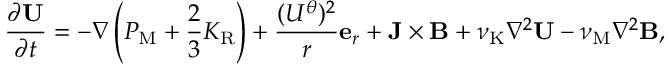
\frac { \partial { \bf { U } } } { \partial t } = - \nabla \left( { P _ { \mathrm { { M } } } + \frac { 2 } { 3 } K _ { \mathrm { { R } } } } \right) + \frac { ( U ^ { \theta } ) ^ { 2 } } { r } { \bf { e } } _ { r } + { \bf { J } } \times { \bf { B } } + \nu _ { \mathrm { { K } } } \nabla ^ { 2 } { \bf { U } } - \nu _ { \mathrm { { M } } } \nabla ^ { 2 } { \bf { B } } ,